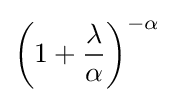
\left(1+{\frac {\lambda }{\alpha }}\right)^{-\alpha }